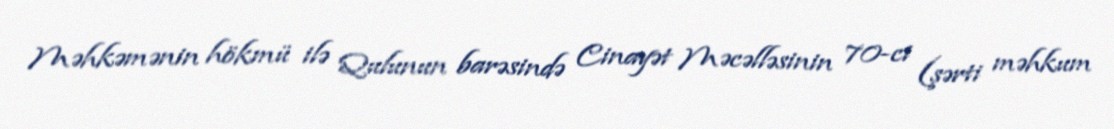
Məhkəmənin hökmü ilə Qulunun barəsində Cinayət Məcəlləsinin 70-ci (şərti məhkum